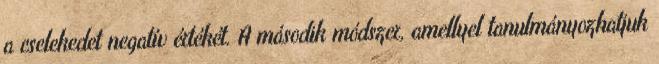
a cselekedet negatív értékét. A második módszer, amellyel tanulmányozhatjuk